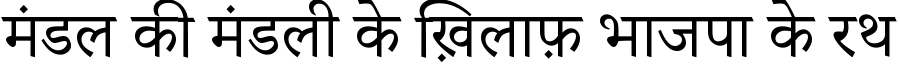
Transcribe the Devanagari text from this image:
मंडल की मंडली के ख़िलाफ़ भाजपा के रथ